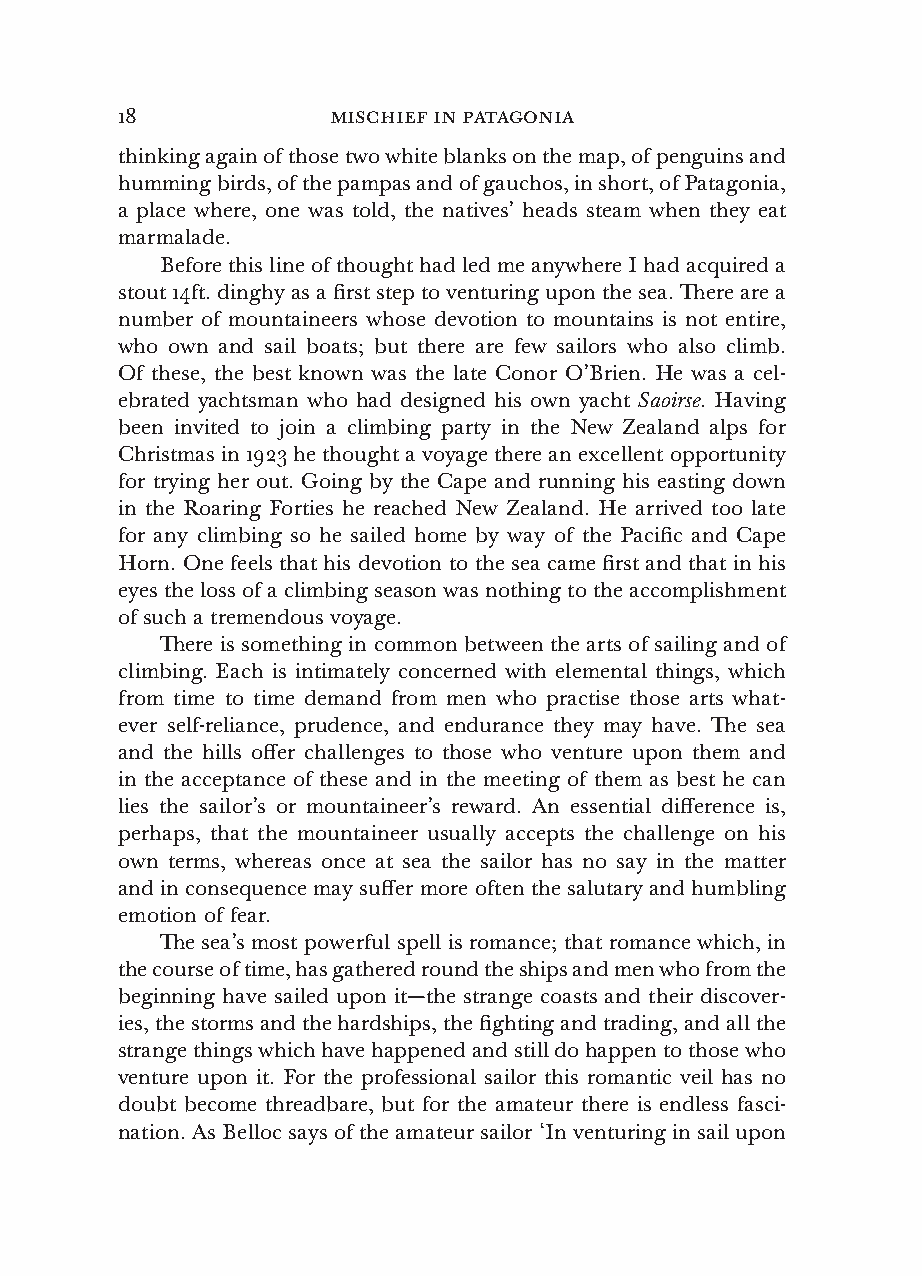
18            mischief in patagonia
 thinking again of those two white blanks on the map, of penguins and
 humming birds, of the pampas and of gauchos, in short, of Patagonia,
 a place where, one was told, the natives’ heads steam when they eat
 marmalade.
 Before this line of thought had led me anywhere I had acquired a
 stout 14ft. dinghy as a first step to venturing upon the sea. There are a
 number of mountaineers whose devotion to mountains is not entire,
 who own and sail boats; but there are few sailors who also climb.
 Of these, the best known was the late Conor O’Brien. He was a cel-
 ebrated yachtsman who had designed his own yacht Saoirse. Having
 been invited to join a climbing party in the New Zealand alps for
 Christmas in 1923 he thought a voyage there an excellent opportunity
 for trying her out. Going by the Cape and running his easting down
 in the Roaring Forties he reached New Zealand. He arrived too late
 for any climbing so he sailed home by way of the Pacific and Cape
 Horn. One feels that his devotion to the sea came first and that in his
 eyes the loss of a climbing season was nothing to the accomplishment
 of such a tremendous voyage.
 There is something in common between the arts of sailing and of
 climbing. Each is intimately concerned with elemental things, which
 from time to time demand from men who practise those arts what-
 ever self-reliance, prudence, and endurance they may have. The sea
 and the hills offer challenges to those who venture upon them and
 in the acceptance of these and in the meeting of them as best he can
 lies the sailor’s or mountaineer’s reward. An essential difference is,
 perhaps, that the mountaineer usually accepts the challenge on his
 own terms, whereas once at sea the sailor has no say in the matter
 and in consequence may suffer more often the salutary and humbling
 emotion of fear.
 The sea’s most powerful spell is romance; that romance which, in
 the course of time, has gathered round the ships and men who from the
 beginning have sailed upon it—the strange coasts and their discover-
 ies, the storms and the hardships, the fighting and trading, and all the
 strange things which have happened and still do happen to those who
 venture upon it. For the professional sailor this romantic veil has no
 doubt become threadbare, but for the amateur there is endless fasci-
 nation. As Belloc says of the amateur sailor ‘In venturing in sail upon